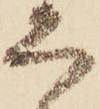
ろ